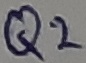
Text: Q2